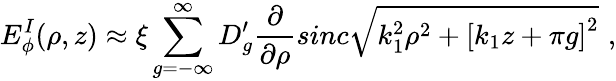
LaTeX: E_{\phi}^{I}(\rho,z)\approx\xi\sum_{g=-\infty}^{\infty}D_{g}^{\prime}\frac{\partial}{\partial\rho}sinc\sqrt{k_{1}^{2}\rho^{2}+\left[k_{1}z+\pi g\right]^{2}}\, \, ,